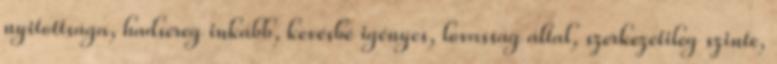
nyitottsága, hadsereg inkább, kevésbé igényes, lovasság által, szerkezetileg szinte,